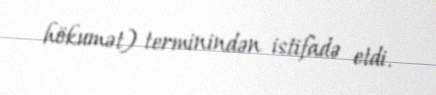
hökumət) terminindən istifadə etdi.